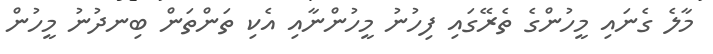
މާލެ ގެނައި މީހުންގެ ތެރޭގައި ފިހުނު މީހުންނާއި އެކި ތަންތަން ބިނދުނު މީހުން